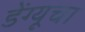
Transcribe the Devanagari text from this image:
डेंग्यूचा